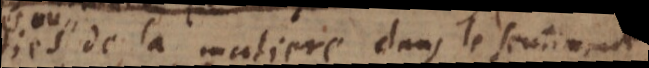
parties de la matiere dans le sentiment